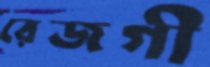
রেজগী